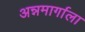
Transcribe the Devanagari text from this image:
अन्नमार्गाला